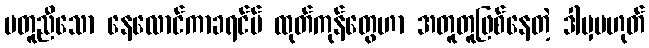
မတူညီသော နေလောင်ကာခရင်မ် ထုတ်ကုန်တွေဟာ အတူတူဖြစ်နေတဲ့ ဒါမှမဟုတ်